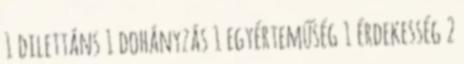
1 dilettáns 1 dohányzás 1 egyérteműség 1 érdekesség 2